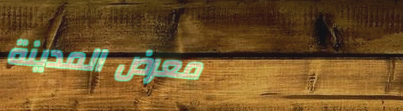
معرض المدينة